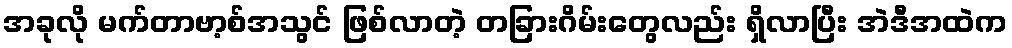
အခုလို မက်တာဗာ့စ်အသွင် ဖြစ်လာတဲ့ တခြားဂိမ်းတွေလည်း ရှိလာပြီး အဲဒီအထဲက